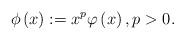
LaTeX: \begin{align*}\phi\left( x\right) :=x^{p}\varphi\left( x\right) ,p>0. \end{align*}